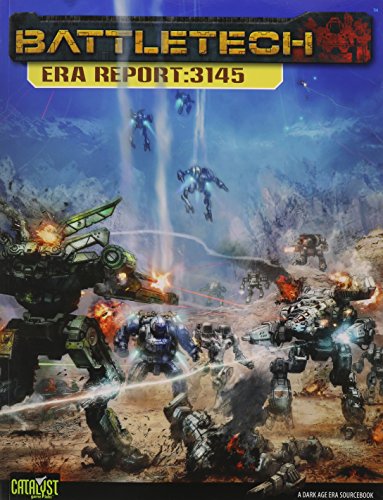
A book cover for Battletech Era Report 3145; Catalyst Game Labs; Science Fiction & Fantasy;